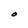
Character: O